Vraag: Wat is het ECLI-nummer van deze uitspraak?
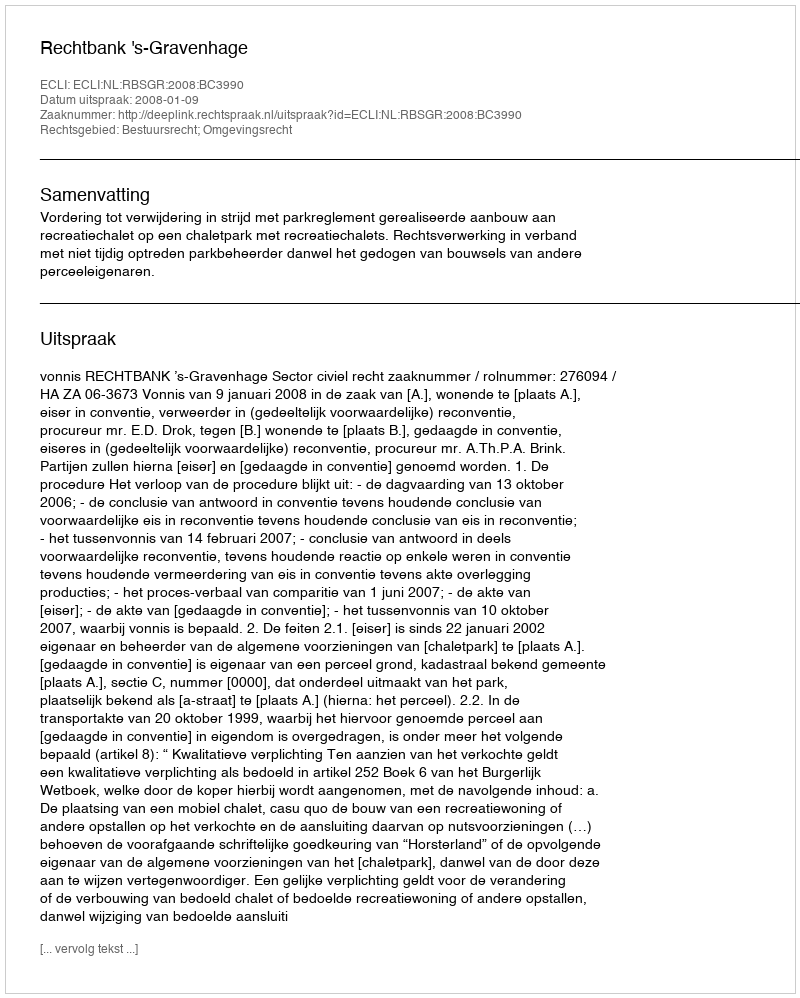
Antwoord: ECLI:NL:RBSGR:2008:BC3990